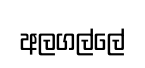
අලගල්ලේ